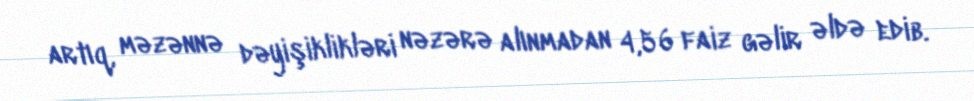
artıq, məzənnə dəyişiklikləri nəzərə alınmadan 4,56 faiz gəlir əldə edib.